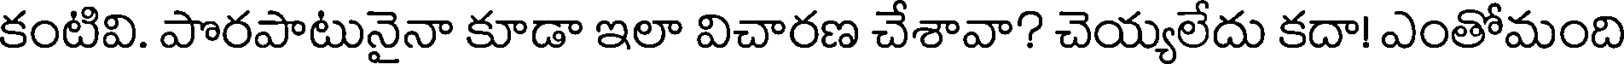
కంటివి. పొరపాటునైనా కూడా ఇలా విచారణ చేశావా? చెయ్యలేదు కదా! ఎంతోమంది